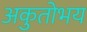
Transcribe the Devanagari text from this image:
अकुतोभय